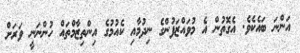
އަންނަ ބައެކެވެ. އެގޮތުން އެ މުވައްޒަފުންގެ ނިދުމާއި ކެއުމުގެ އިންތިޒާމްތައް ހުންނަނީ ވަރަށް